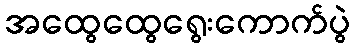
အထွေထွေရွေးကောက်ပွဲ